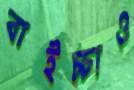
বাইচ্চাও